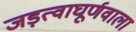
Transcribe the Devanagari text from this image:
जड़त्वाघूर्णवाला